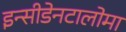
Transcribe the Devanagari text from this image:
इन्सीडेनटालोमा